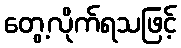
တွေ့လိုက်ရသဖြင့်